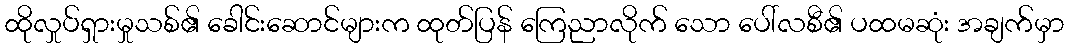
ထိုလှုပ်ရှားမှုသစ်၏ ခေါင်းဆောင်များက ထုတ်ပြန် ကြေညာလိုက် သော ပေါ်လစီ၏ ပထမဆုံး အချက်မှာ